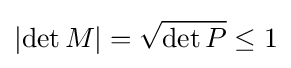
\left|\det M\right|={\sqrt {\det P}}\leq 1